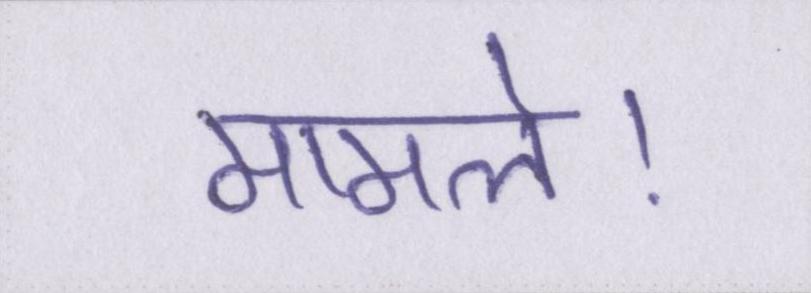
मामले।